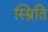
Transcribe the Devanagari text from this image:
स्म्रिति